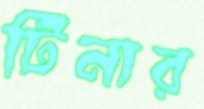
টিনার